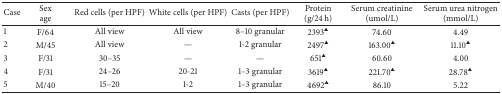
<table><thead><tr><td><b>Case</b></td><td><b>Sexage</b></td><td><b>Red cells (per HPF)</b></td><td><b>White cells (per HPF)</b></td><td><b>Casts (per HPF)</b></td><td><b>Protein (g/24 h)</b></td><td><b>Serum creatinine (umol/L)</b></td><td><b>Serum urea nitrogen (mmol/L)</b></td></tr></thead><tbody><tr><td>1</td><td>F/64</td><td>All view</td><td>All view</td><td>8–10 granular</td><td>2393<sup>▲</sup></td><td>74.60</td><td>4.49</td></tr><tr><td>2</td><td>M/45</td><td>All view</td><td>—</td><td>1-2 granular</td><td> 2497<sup>▲</sup></td><td>163.00<sup>▲</sup></td><td>11.10<sup>▲</sup></td></tr><tr><td>3</td><td>F/31</td><td>30–35</td><td>—</td><td>—</td><td> 651<sup>▲</sup></td><td>60.60</td><td>4.00</td></tr><tr><td>4</td><td>F/31</td><td>24–26</td><td>20-21</td><td>1–3 granular</td><td>3619<sup>▲</sup></td><td>221.70<sup>▲</sup></td><td>28.78<sup>▲</sup></td></tr><tr><td>5</td><td>M/40</td><td>15–20</td><td>1-2</td><td>1–3 granular</td><td>4692<sup>▲</sup></td><td>86.10</td><td>5.22</td></tr></tbody></table>